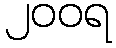
၂၀၀ရ